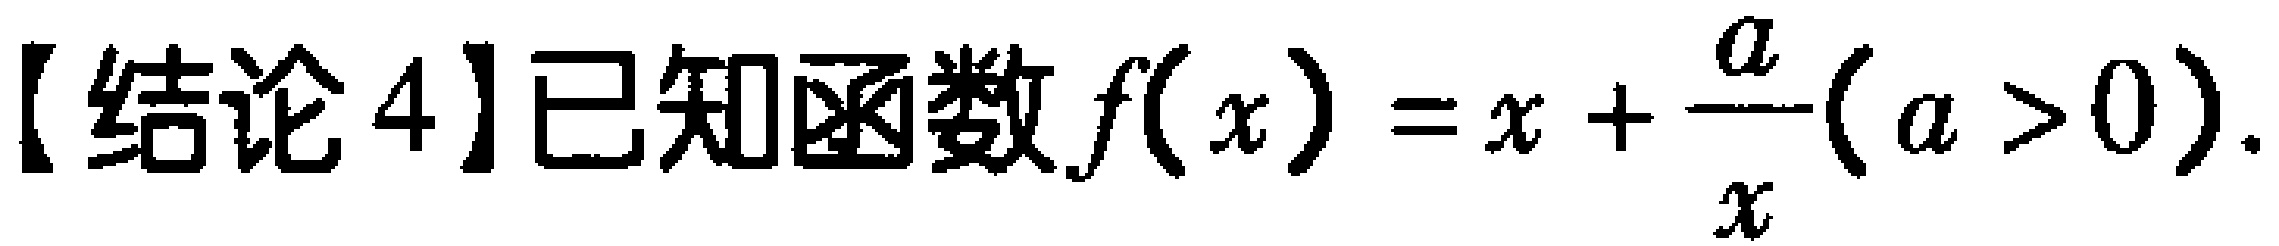
【结论4】已知函数\(f(x)=x+\frac{a}{x}(a > 0)\).